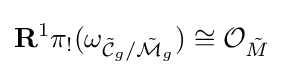
\mathbf {R} ^{1}\pi _{!}({\omega _{{\tilde {\mathcal {C}}}_{g}/{\tilde {\mathcal {M}}}_{g}}})\cong {\mathcal {O}}_{\tilde {M}}